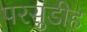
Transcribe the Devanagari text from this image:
परसुडीह